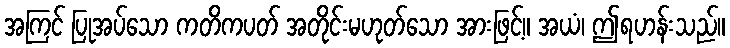
အကြင် ပြုအပ်သော ကတိကပတ် အတိုင်းမဟုတ်သော အားဖြင့်။ အယံ၊ ဤရဟန်းသည်။